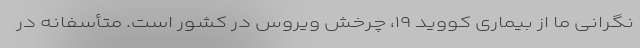
نگرانی ما از بیماری کووید ۱۹، چرخش ویروس در کشور است. متأسفانه در